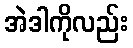
အဲဒါကိုလည်း